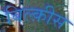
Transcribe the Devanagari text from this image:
बिल्क़ीस